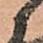
候